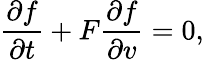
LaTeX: \frac{\partial f}{\partial t}+F\frac{\partial f}{\partial v}=0,